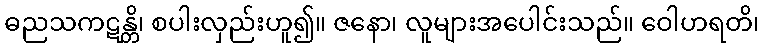
ဓညသကဋန္တိ၊ စပါးလှည်းဟူ၍။ ဇနော၊ လူများအပေါင်းသည်။ ဝေါဟရတိ၊